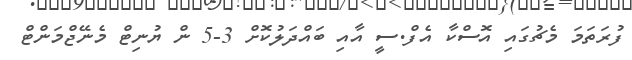
ފުރަތަމަ މެޗުގައި އޮސްކާ އެފް.ސީ އާއި ބައްދަލުކޮށް 3-5 ން ޔުނިޓް މެނޭޖްމަންޓް